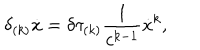
LaTeX: \delta _ { ( k ) } \dot { x } = \delta \tau _ { ( k ) } \frac { 1 } { c ^ { k - 1 } } \dot { x } ^ { k } ,